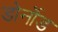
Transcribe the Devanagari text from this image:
डोर्नोड